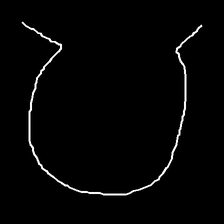
Glyph: weave